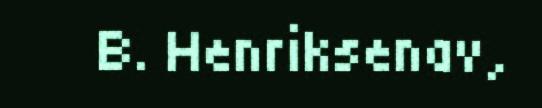
B. Henriksenav,